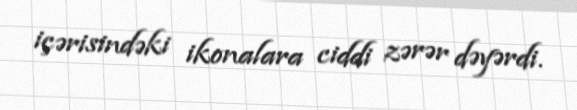
içərisindəki ikonalara ciddi zərər dəyərdi.